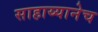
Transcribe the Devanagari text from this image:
साहाय्यानेच